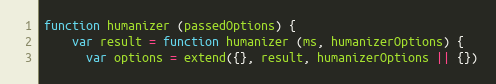
Language: JavaScript
function humanizer (passedOptions) {
    var result = function humanizer (ms, humanizerOptions) {
      var options = extend({}, result, humanizerOptions || {})